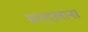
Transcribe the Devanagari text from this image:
मगदलाना